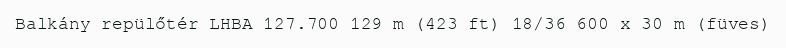
Balkány repülőtér LHBA 127.700 129 m (423 ft) 18/36 600 x 30 m (füves)